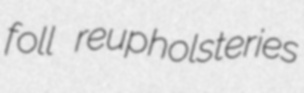
foll reupholsteries